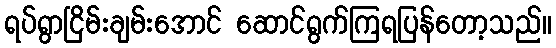
ရပ်ရွာငြိမ်းချမ်းအောင် ဆောင်ရွက်ကြရပြန်တော့သည်။